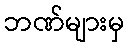
ဘဏ်များမှ